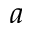
^ { a }